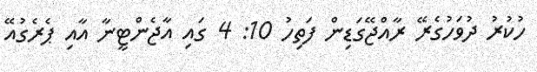
ހުކުރު ދުވަހުގެރޭ ރާއްޖޭގަޑިން ފަތިހު 10: 4 ގައި އާޖެންޓީނާ އާއި ޕެރެގުއޭ